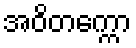
အဝိတက္ကော